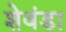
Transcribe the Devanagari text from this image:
शेवंडा